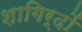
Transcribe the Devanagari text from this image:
शागिर्दों